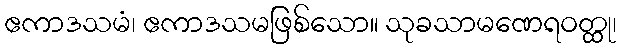
ဧကာဒသမံ၊ ဧကာဒသမဖြစ်သော။ သုခသာမဏေရဝတ္ထု၊